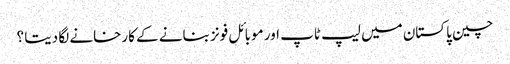
چین پاکستان میں لیپ ٹاپ اور موبائل فونز بنانے کے کارخانے لگا دیتا ؟